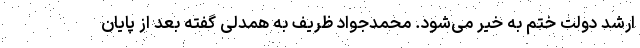
ارشد دولت ختم به خیر می‌شود. محمدجواد ظریف به همدلی گفته بعد از پایان